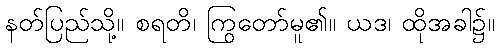
နတ်ပြည်သို့။ စရတိ၊ ကြွတော်မူ၏။ ယဒ၊ ထိုအခါ၌။